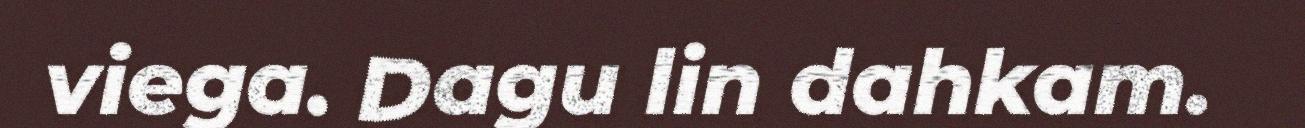
viega. Dagu lin dahkam.